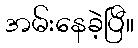
အမ်းနေခဲ့ပြီ။